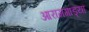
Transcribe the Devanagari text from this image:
आरामगाड्या